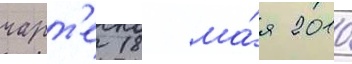
чарт'е 18 ма́я 2010